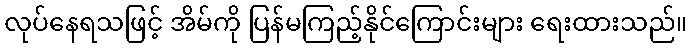
လုပ်နေရသဖြင့် အိမ်ကို ပြန်မကြည့်နိုင်ကြောင်းများ ရေးထားသည်။